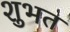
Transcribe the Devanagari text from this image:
शुभत